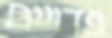
פדויים